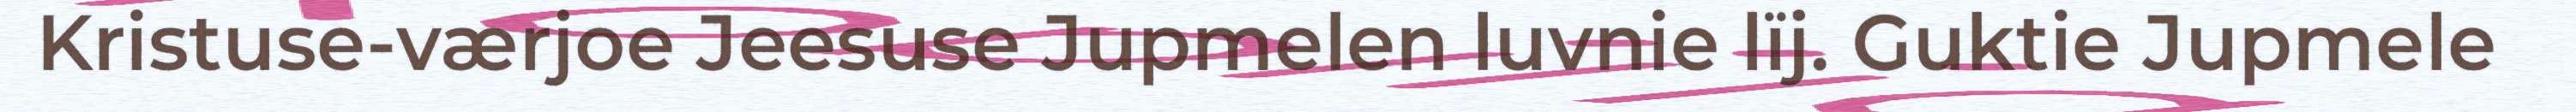
Kristuse-værjoe Jeesuse Jupmelen luvnie lïj. Guktie Jupmele